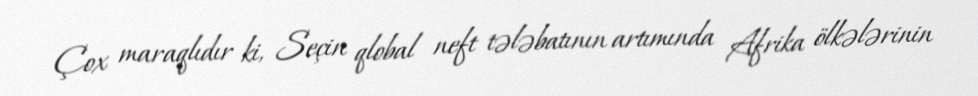
Çox maraqlıdır ki, Seçin qlobal neft tələbatının artımında Afrika ölkələrinin